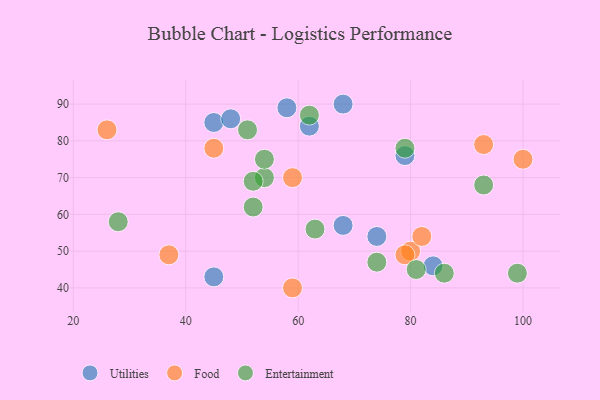
{"axis": {"x": "GDP", "y": "Life Expectancy"}, "legend": ["Entertainment", "Food", "Utilities"], "data": [{"x": "45", "y": 85, "type": "Utilities"}, {"x": "84", "y": 46, "type": "Utilities"}, {"x": "48", "y": 86, "type": "Utilities"}, {"x": "62", "y": 84, "type": "Utilities"}, {"x": "45", "y": 43, "type": "Utilities"}, {"x": "74", "y": 54, "type": "Utilities"}, {"x": "68", "y": 90, "type": "Utilities"}, {"x": "79", "y": 76, "type": "Utilities"}, {"x": "68", "y": 57, "type": "Utilities"}, {"x": "58", "y": 89, "type": "Utilities"}, {"x": "93", "y": 79, "type": "Food"}, {"x": "45", "y": 78, "type": "Food"}, {"x": "37", "y": 49, "type": "Food"}, {"x": "100", "y": 75, "type": "Food"}, {"x": "59", "y": 70, "type": "Food"}, {"x": "26", "y": 83, "type": "Food"}, {"x": "80", "y": 50, "type": "Food"}, {"x": "82", "y": 54, "type": "Food"}, {"x": "79", "y": 49, "type": "Food"}, {"x": "59", "y": 40, "type": "Food"}, {"x": "62", "y": 87, "type": "Entertainment"}, {"x": "52", "y": 62, "type": "Entertainment"}, {"x": "54", "y": 70, "type": "Entertainment"}, {"x": "86", "y": 44, "type": "Entertainment"}, {"x": "74", "y": 47, "type": "Entertainment"}, {"x": "52", "y": 69, "type": "Entertainment"}, {"x": "54", "y": 75, "type": "Entertainment"}, {"x": "51", "y": 83, "type": "Entertainment"}, {"x": "28", "y": 58, "type": "Entertainment"}, {"x": "79", "y": 78, "type": "Entertainment"}, {"x": "81", "y": 45, "type": "Entertainment"}, {"x": "99", "y": 44, "type": "Entertainment"}, {"x": "63", "y": 56, "type": "Entertainment"}, {"x": "93", "y": 68, "type": "Entertainment"}]}